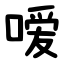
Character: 嗳